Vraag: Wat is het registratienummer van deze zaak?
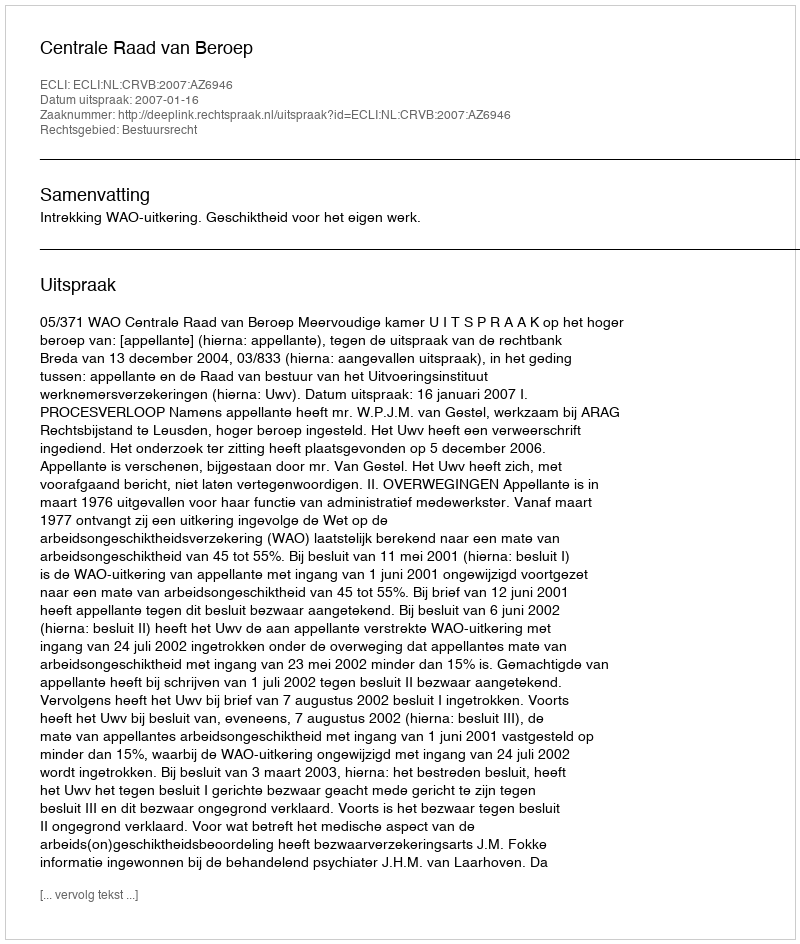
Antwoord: http://deeplink.rechtspraak.nl/uitspraak?id=ECLI:NL:CRVB:2007:AZ6946